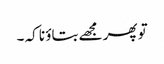
تو پھر مجھے بتاؤ نا کہ ۔